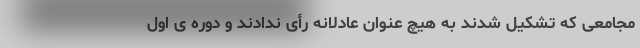
مجامعی که تشکیل شدند به هیچ عنوان عادلانه رأی ندادند و دوره ی اول